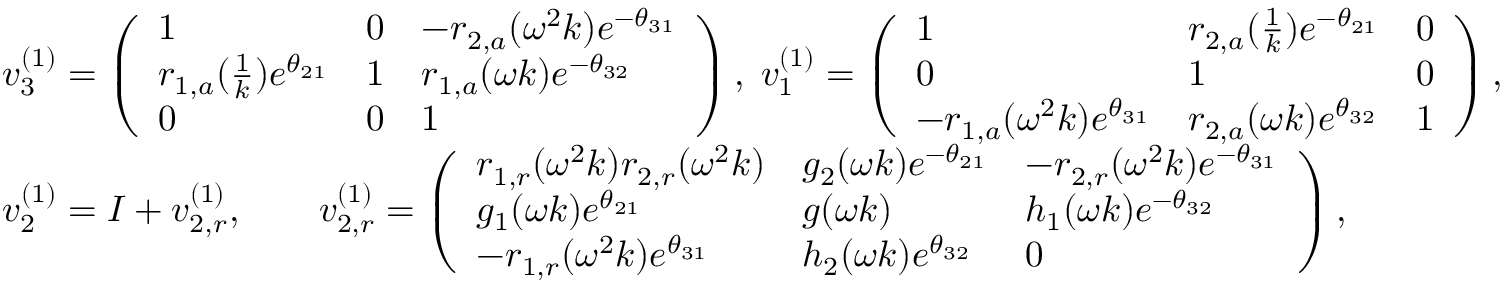
\begin{array} { r l } & { v _ { 3 } ^ { ( 1 ) } = \left( \begin{array} { l l l } { 1 } & { 0 } & { - r _ { 2 , a } ( \omega ^ { 2 } k ) e ^ { - \theta _ { 3 1 } } } \\ { r _ { 1 , a } ( \frac { 1 } { k } ) e ^ { \theta _ { 2 1 } } } & { 1 } & { r _ { 1 , a } ( \omega k ) e ^ { - \theta _ { 3 2 } } } \\ { 0 } & { 0 } & { 1 } \end{array} \right) , \; v _ { 1 } ^ { ( 1 ) } = \left( \begin{array} { l l l } { 1 } & { r _ { 2 , a } ( \frac { 1 } { k } ) e ^ { - \theta _ { 2 1 } } } & { 0 } \\ { 0 } & { 1 } & { 0 } \\ { - r _ { 1 , a } ( \omega ^ { 2 } k ) e ^ { \theta _ { 3 1 } } } & { r _ { 2 , a } ( \omega k ) e ^ { \theta _ { 3 2 } } } & { 1 } \end{array} \right) , } \\ & { v _ { 2 } ^ { ( 1 ) } = I + v _ { 2 , r } ^ { ( 1 ) } , \qquad v _ { 2 , r } ^ { ( 1 ) } = \left( \begin{array} { l l l } { r _ { 1 , r } ( \omega ^ { 2 } k ) r _ { 2 , r } ( \omega ^ { 2 } k ) } & { g _ { 2 } ( \omega k ) e ^ { - \theta _ { 2 1 } } } & { - r _ { 2 , r } ( \omega ^ { 2 } k ) e ^ { - \theta _ { 3 1 } } } \\ { g _ { 1 } ( \omega k ) e ^ { \theta _ { 2 1 } } } & { g ( \omega k ) } & { h _ { 1 } ( \omega k ) e ^ { - \theta _ { 3 2 } } } \\ { - r _ { 1 , r } ( \omega ^ { 2 } k ) e ^ { \theta _ { 3 1 } } } & { h _ { 2 } ( \omega k ) e ^ { \theta _ { 3 2 } } } & { 0 } \end{array} \right) , } \end{array}